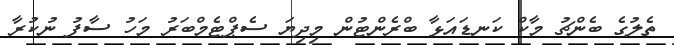
ތެލުގެ ބެންޗު މާކް ކަނޑައަޅާ ބްރެންޓުން މިދިޔަ ސެޕްޓެމްބަރު މަހު ސާފު ނުކުރާ